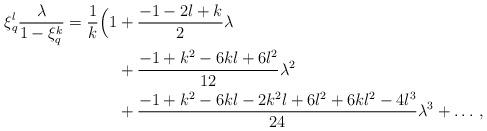
LaTeX: \begin{align*}\xi_q^l \frac{\lambda}{1-\xi_q^k} = \frac 1k \Big( 1 & + \frac{-1-2l+k}{2}\lambda \\ & + \frac{-1+k^2-6kl+6l^2}{12} \lambda^2 \\ & + \frac{-1+k^2-6kl-2k^2l+6l^2+6kl^2-4l^3}{24}\lambda^3 + \ldots\,,\end{align*}